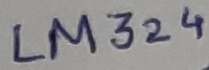
Text: LM324